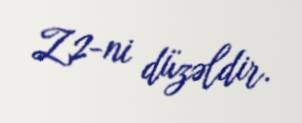
Z2-ni düzəldir.